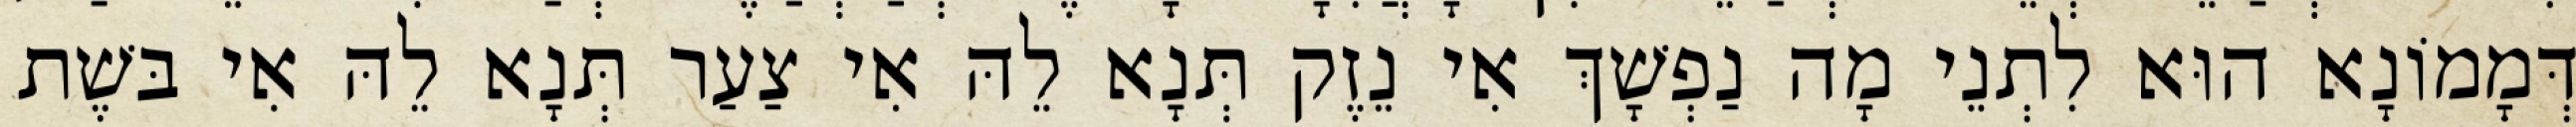
דְּמָמוֹנָא הוּא לִתְנֵי מָה נַפְשָׁךְ אִי נֵזֶק תְּנָא לֵהּ אִי צַעַר תְּנָא לֵהּ אִי בּשֶׁת